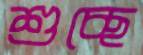
শুচ্ছে